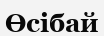
Өсібай